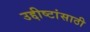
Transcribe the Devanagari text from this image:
उद्दीष्टांसाठी